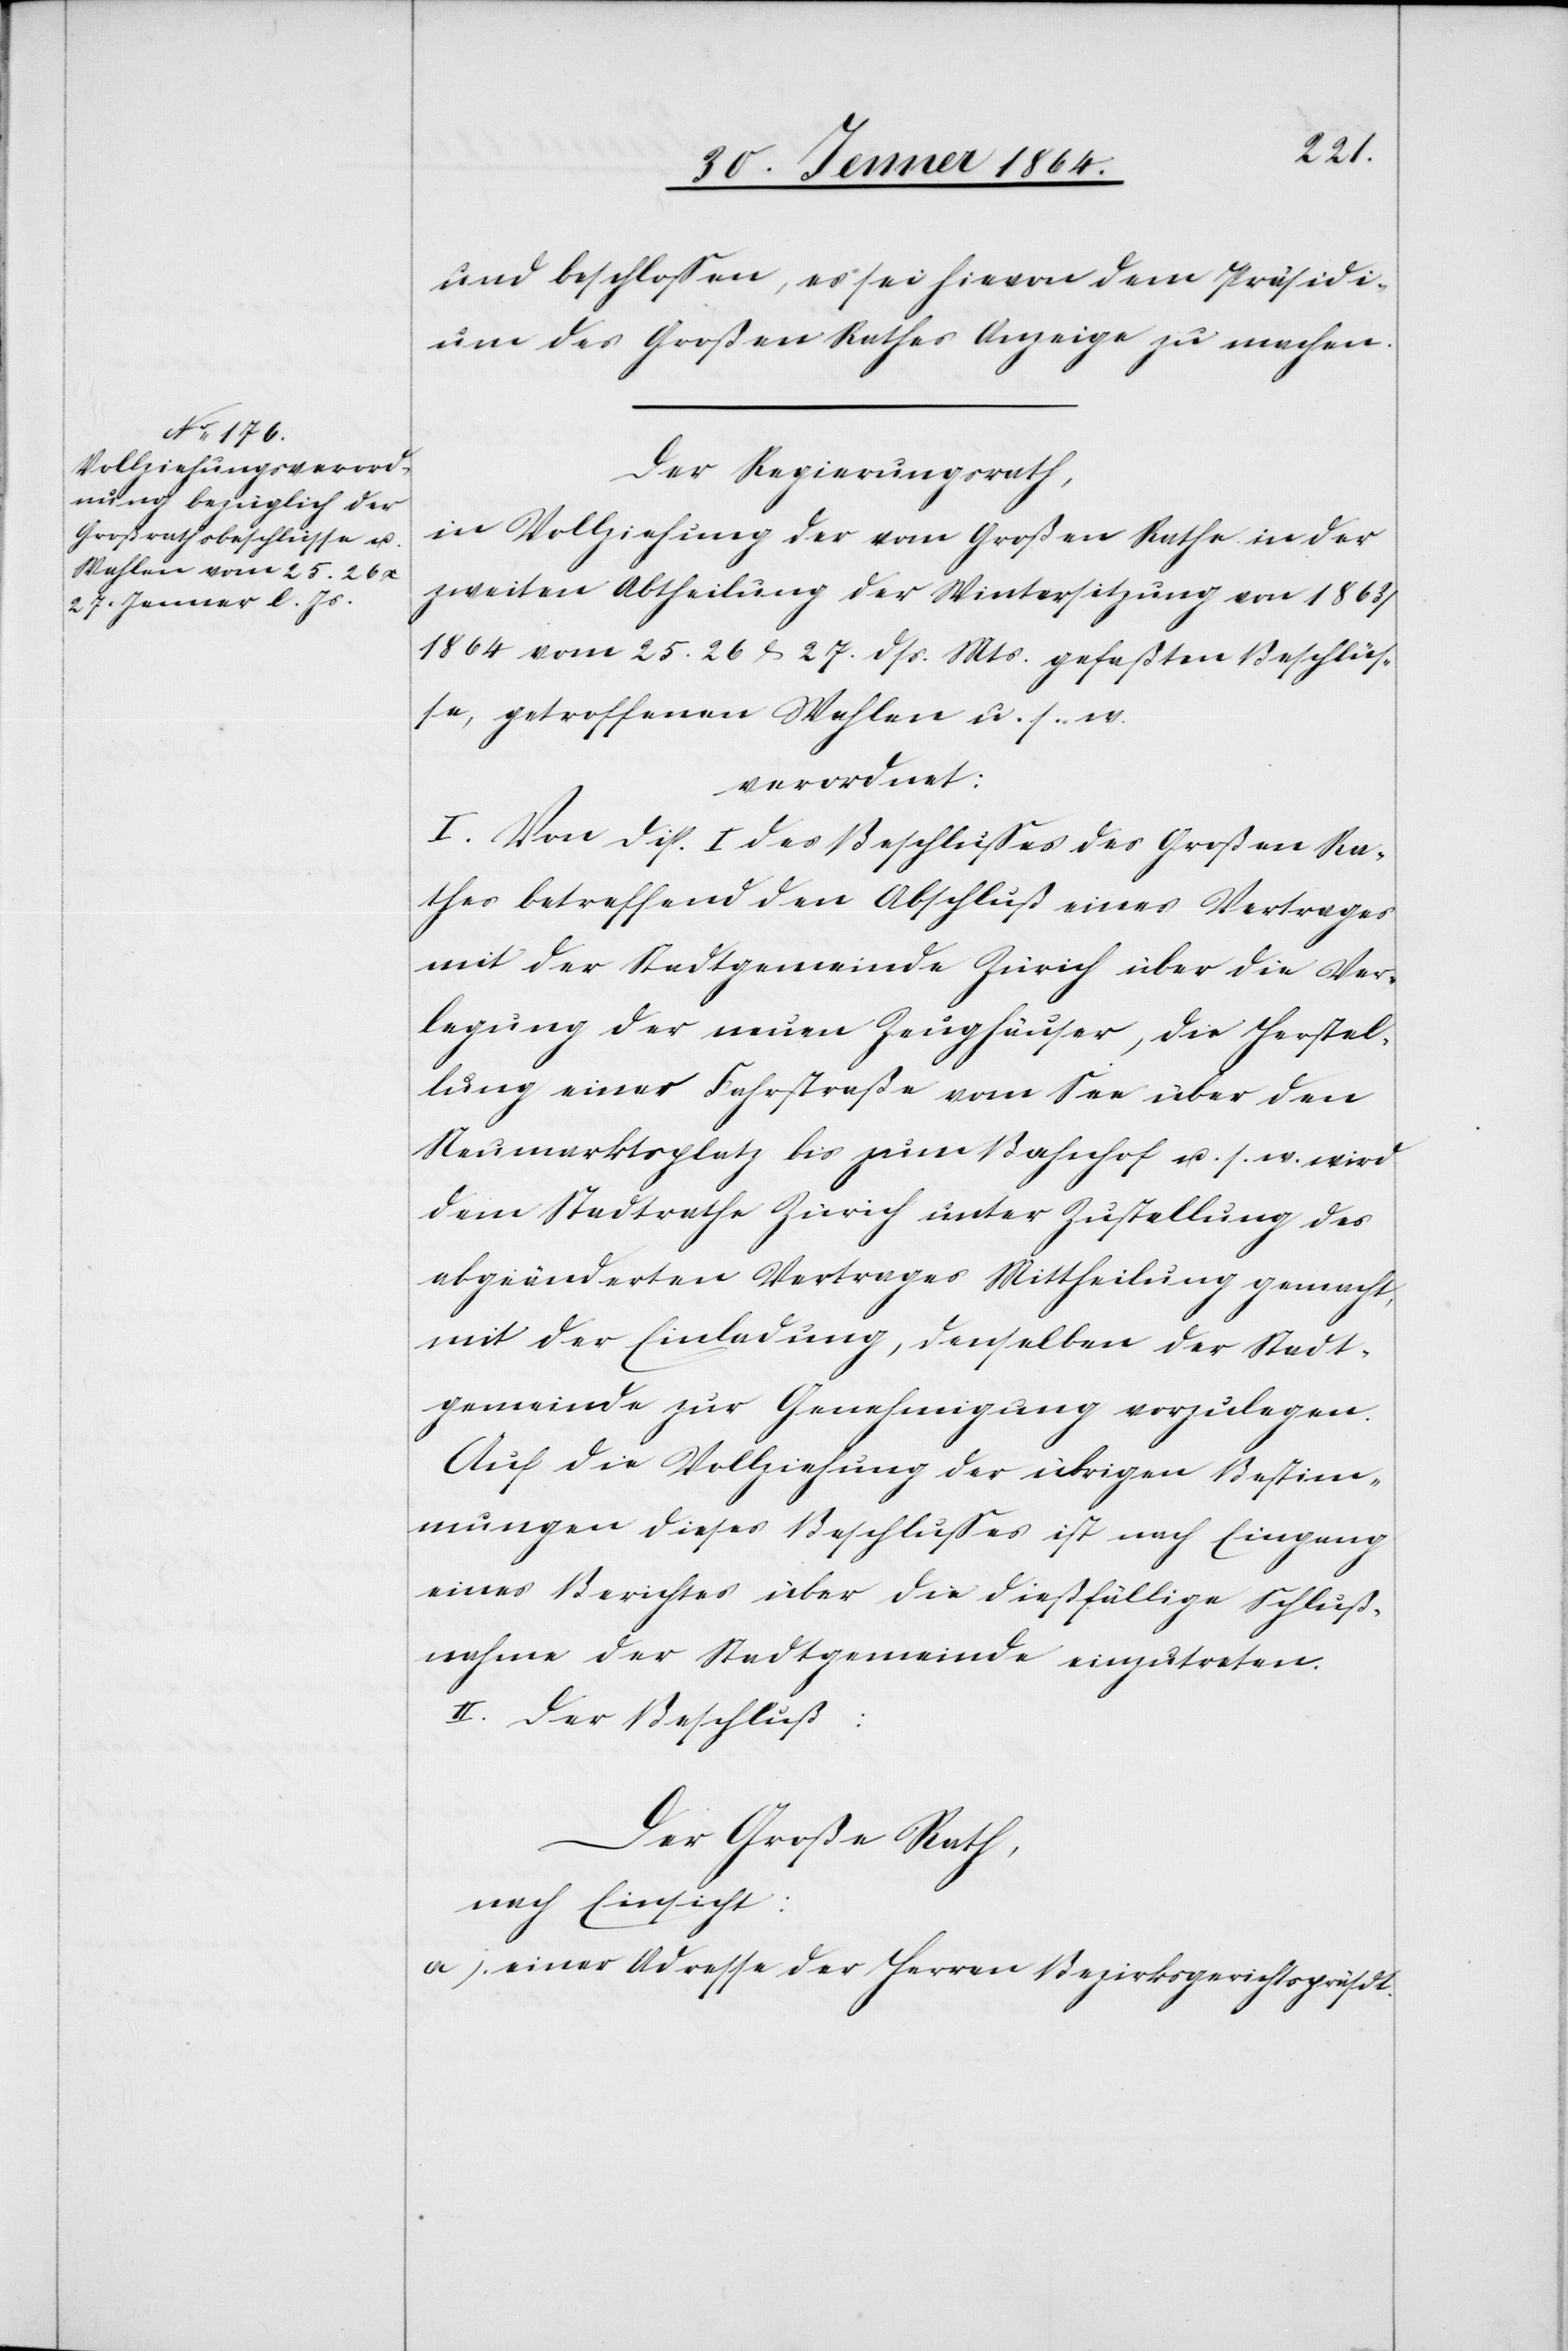
und beschlossen, es sei hievon dem Präsidi¬
um des Großen Rathes Anzeige zu machen.
Der Regierungsrath,
in Vollziehung der vom Großen Rathe in der
zweiten Abtheilung der Wintersitzung von 1863/1864
vom 25.[,] 26. & 27. dss. Mts. gefaßten Beschlüs¬
se, getroffenen Wahlen u. s. w.
verordnet:
I. Von Disp. I des Beschlusses des Großen Ra¬
thes betreffend den Abschluß eines Vertrages
mit der Stadtgemeinde Zürich über die Ver¬
legung der neuen Zeughäuser, die Herstel¬
lung einer Fahrstraße vom See über den
Neumarktsplatz bis zum Bahnhof u. s. w. wird
dem Stadtrathe Zürich unter Zustellung des
abgeänderten Vertrages Mittheilung gemacht,
mit der Einladung, denselben der Stadt¬
gemeinde zur Genehmigung vorzulegen.
Auf die Vollziehung der übrigen Bestim¬
mungen dieses Beschlusses ist nach Eingang
eines Berichtes über die dießfällige Schluß¬
nahme der Stadtgemeinde einzutreten.
II. Der Beschluß:
Der Große Rath,
nach Einsicht:
a.) einer Adresse der Herren Bezirksgerichtspräsdt.